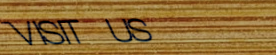
VISIT US